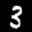
Label: 3